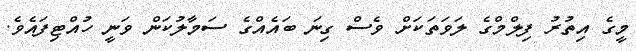
މީގެ އިތުރު ފިލްމްގެ ލަވަތަކަށް ވެސް ގިނަ ބައެއްގެ ސަމާލުކަން ވަނީ ހުއްޓިފައެވެ.